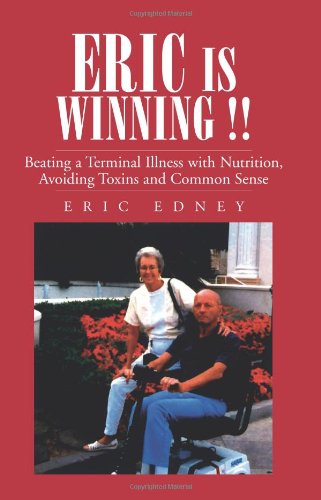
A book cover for ERIC IS WINNING !!: Beating a Terminal Illness with Nutrition, Avoiding Toxins and Common Sense; Eric Edney; Health, Fitness & Dieting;